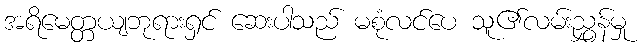
အရိမေတ္တယျဘုရားရှင် ဆေးပါသည် မစုံလင်ပေ သူ၏လမ်းညွှန်မှု